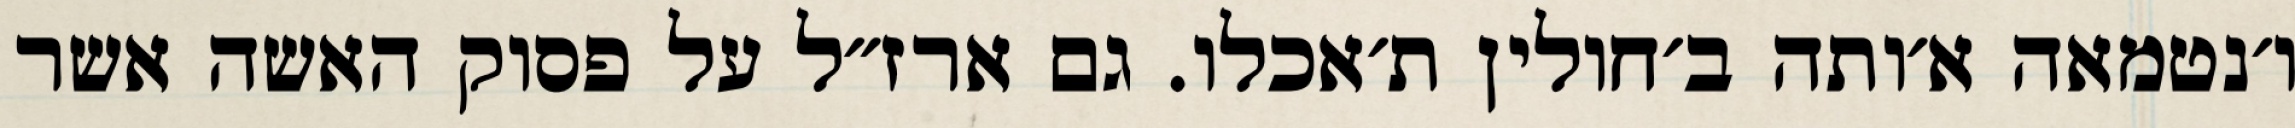
ו׳נטמאה א׳ותה ב׳חולין ת׳אכלו. גם ארז״ל על פסוק האשה אשר